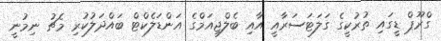
ގްރޫޕް ޑީގައި ތުރުކީގެ ގަލަޓަސަރާއީ އާއި ބެލްޖިއަމްގެ އަންޑަލެކްޓް ބައްދަލުކުރި މެޗު ނިމުނީ